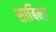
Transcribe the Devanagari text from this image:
साबिना